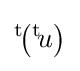
{}^{\text{t}}\!\!\left({}^{\text{t}}\!u\right)